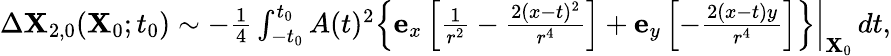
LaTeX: \begin{array}{r}{\Delta\mathbf{X}_{2,0}(\mathbf{X}_{0};t_{0})\sim-\frac{1}{4}\int_{-t_{0}}^{t_{0}}A(t)^{2}\left.\left\{ \mathbf{e}_{x}\left[\frac{1}{r^{2}}-\frac{2(x-t)^{2}}{r^{4}}\right]+\mathbf{e}_{y}\left[-\frac{2(x-t)y}{r^{4}}\right]\right\} \right\vert_{\mathbf{X}_{0}}\, dt,}\end{array}